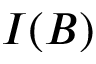
I ( B )